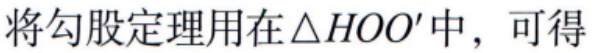
将勾股定理用在\(\triangle HOO'\)中，可得